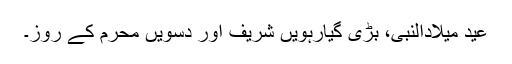
عید میلادالنبیؐ، بڑی گیارہویں شریف اور دسویں محرم کے روز۔